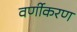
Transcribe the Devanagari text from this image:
वर्णीकरण